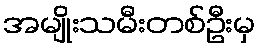
အမျိုးသမီးတစ်ဦးမှ